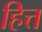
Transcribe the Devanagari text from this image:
हित्त